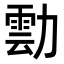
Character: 𭅀